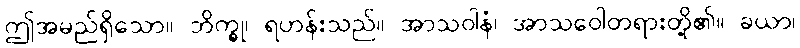
ဤအမည်ရှိသော။ ဘိက္ခု၊ ရဟန်းသည်။ အာသဝါနံ၊ အာသဝေါတရားတို့၏။ ခယာ၊